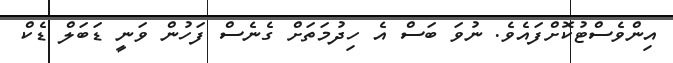
އިންވެސްޓުކޮށްފައެވެ. ނުވަ ބަސް އެ ހިދުމަތަށް ގެނެސް ފަހުން ވަނީ ޑަބަލް ޑެކް